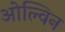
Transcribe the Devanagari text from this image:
ओल्विन